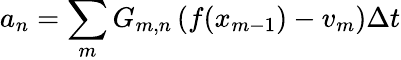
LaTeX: a_{n}=\sum_{m}G_{m,n}\left(f(x_{m-1})-v_{m}\right)\Delta t